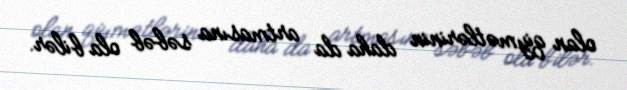
olan qiymətlərinin daha da artmasına səbəb ola bilər.